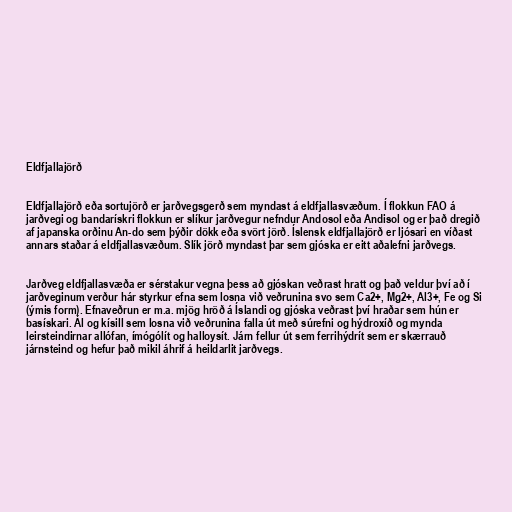
Eldfjallajörð

Eldfjallajörð eða sortujörð er jarðvegsgerð sem myndast á eldfjallasvæðum. Í flokkun FAO á
jarðvegi og bandarískri flokkun er slíkur jarðvegur nefndur Andosol eða Andisol og er það dregið
af japanska orðinu An-do sem þýðir dökk eða svört jörð. Íslensk eldfjallajörð er ljósari en víðast
annars staðar á eldfjallasvæðum. Slík jörð myndast þar sem gjóska er eitt aðalefni jarðvegs.

Jarðveg eldfjallasvæða er sérstakur vegna þess að gjóskan veðrast hratt og það veldur því að í
jarðveginum verður hár styrkur efna sem losna við veðrunina svo sem Ca2+, Mg2+, Al3+, Fe og Si
(ýmis form). Efnaveðrun er m.a. mjög hröð á Íslandi og gjóska veðrast því hraðar sem hún er
basískari. Ál og kísill sem losna við veðrunina falla út með súrefni og hýdroxíð og mynda
leirsteindirnar allófan, ímógólít og halloysít. Járn fellur út sem ferrihýdrít sem er skærrauð
járnsteind og hefur það mikil áhrif á heildarlit jarðvegs.